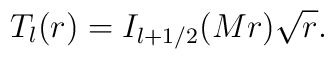
T_{l}(r)=I_{l+1/2}(Mr)\sqrt{r}.